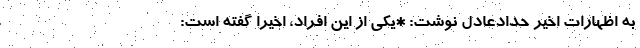
به اظهارات اخیر حدادعادل نوشت: *یکی از این افراد، اخیراً گفته است: